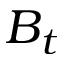
B _ { t }